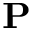
\bf { P }